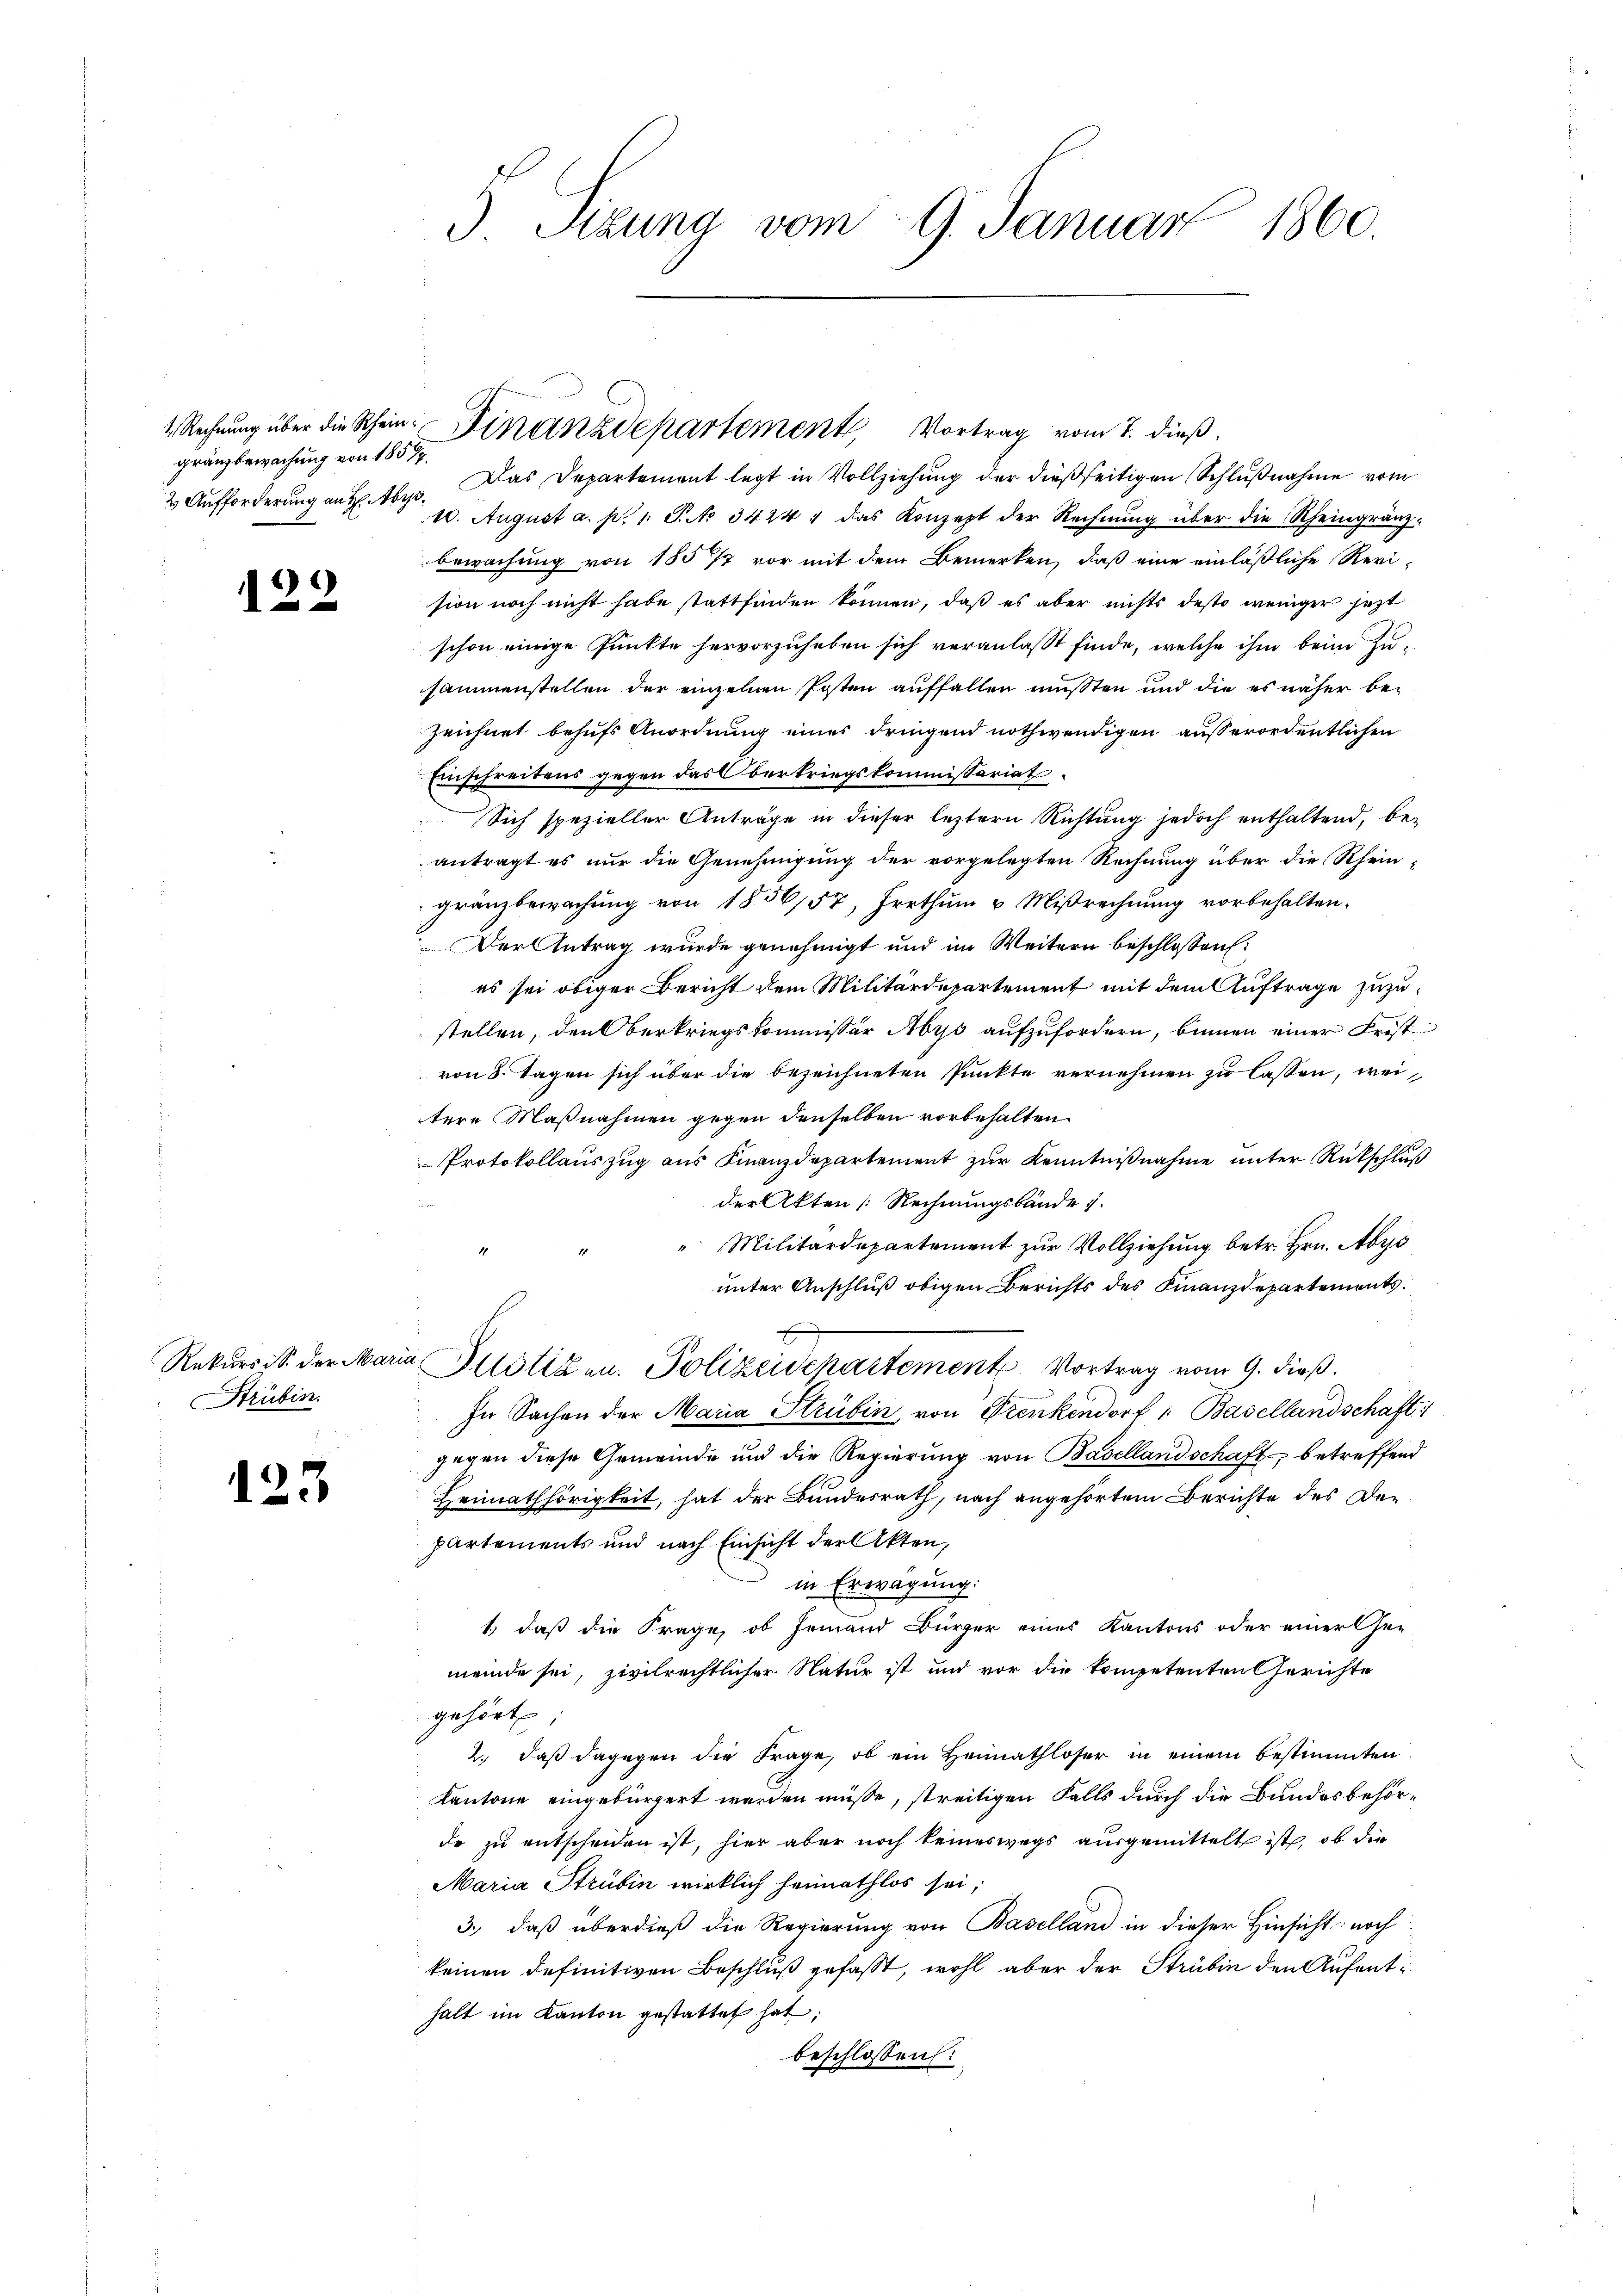
gränzbewachung von 1857
2) Aufforderung an Hr. Abe

)
12

Strubin.

123

3 Sizung vom 9. Januar 1860.

Das Departement legt in Vollziehung der dießseitigen Schlußnahme vom
10. August a. p. 1 S. No 3424, das Konzept der Rechnŭng über die Rheingränzbewachung von 1857 vor mit dem Bemerken, daß eine einläßliche Revi-
sion noch nicht habe stattfinden können, daß es aber nichts desto weniger jezt
schon einige Punkte hervorzuheben sich veranlaßt finde, welche ihm beim Zusammenstellen der einzelnen Posten auffallen mußten und die es näher bezeichnet behufs Anordnung eines dringend nothwendigen ausserordentlichen
Einschreitens gegen das Oberkriegskommissariat
Sich spezieller Anträge in dieser leztern Richtung jedoch enthaltend, beantragt es nur die Genehmigung der vorgelegten Rechnung über die Rheingränzbewachung von 1856,57, Irrthum & Mißrechnung vorbehalten.
Der Antrag wurde genehmigt und im Weitern beschlossen:
es sei obiger Bericht dem Militärdepartement mit dem Auftrage zuzustellen, den Oberkriegskommissär Abys aufzufordern, binnen einer Frist
von 8. Tagen sich über die bezeichneten Punkte vernehmen zu lassen, weitere Maßnahmen gegen denselben vorbehalten
Protokollauszug aus Finanzdepartement zur Kenntnißnahme unter Rückschluß
der Akten Rechnungsbände
" Militärdepartement zur Vollziehung betr. Hrn. Abre
unter Anschluß obigen Berichts des Finanzdepartements.
Rekŭrs S. der Maria Plotizen. Polizeischartement Vortrag vom 9. dieβ.
In Sachen der Maria Strubin, von Frenkendorf 1. Basellandschaft 1
gegen diese Gemeinde und die Regierung von Basellandschaft betreffend
Heimathörigkeit, hat der Bundesrath, nach angehörtem Berichte des Departements und nach Einsicht der Akten,
in Erwägung:
1., daß die Frage, ob Jemand Bürger eines Kantons oder einer Che-
meinde sei, zivilrechtlicher Natur ist und vor die kompetenten Gerichte
gehört:
2.) daß dagegen die Frage, ob ein Heimathloser in einem bestimmten
Kantone eingebürgert werden müsse, streitigen Falls durch die Bundesbehörde zu entscheiden ist, hier aber noch keineswegs ausgemittelt ist, ob die
Maria Strubin wirklich heimathlos sei;
3., daß überdieß die Regierung von Baselland in dieser Hinsicht noch
keinen definitiven Beschluß gefaßt, wohl aber der Strubin den Aufenthalt im Kanton gestattet hat;
beschlossen:

1. Rechnung über die Rhein Finanzdepartement, Vortrag vom 7. dieß.